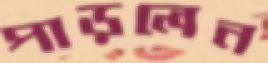
পাড়লেন